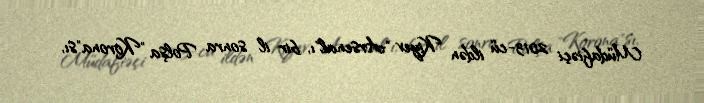
Müdafiəçi 2013-cü ildən Kiyev "Arsenal"ı, bir il sonra Polşa "Korona"sı,